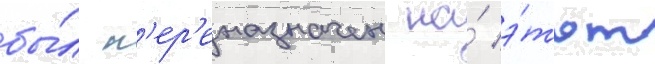
бы́л п'ер'еназначен на́ э́тот